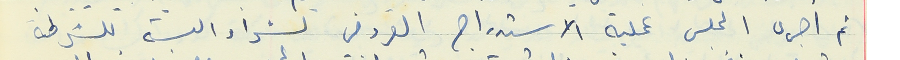
ثم أجرى المجلس عملية الاستدراج العروض لشراء البسة للشرطة